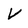
Character: V